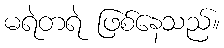
မရဲတရဲ ဖြစ်နေသည်။